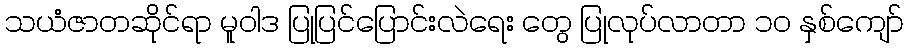
သယံဇာတဆိုင်ရာ မူဝါဒ ပြုပြင်ပြောင်းလဲရေး တွေ ပြုလုပ်လာတာ ၁၀ နှစ်ကျော်